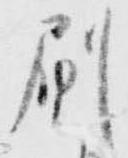
刷